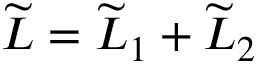
\widetilde { L } = \widetilde { L } _ { 1 } + \widetilde { L } _ { 2 }